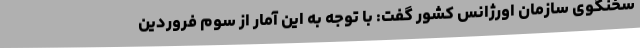
سخنگوی سازمان اورژانس کشور گفت: با توجه به این آمار از سوم فروردین